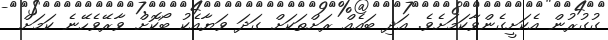
ގުގުރުން އެކަށީގެންވާކަމަށެވެ. އަދި ބައެއް ރަށްތަކަށް ގަދަ ވަޔާއެކު ބޯކޮށް ވާރޭވެހޭނެ ކަމަށް